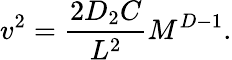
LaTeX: v^{2}={\frac{2D_{2}C}{L^{2}}}M^{D-1}.